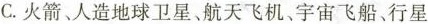
C.火箭、人造地球卫星、航天飞机、宇宙飞船、行星